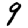
Digit: 9